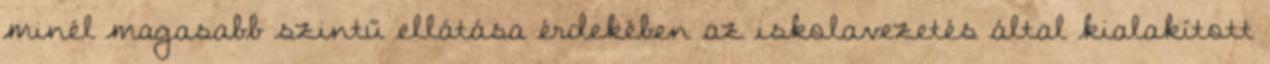
minél magasabb szintű ellátása érdekében az iskolavezetés által kialakított